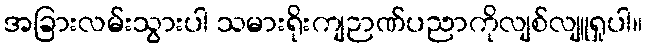
အခြားလမ်းသွားပါ သမားရိုးကျဉာဏ်ပညာကိုလျစ်လျူရှုပါ။